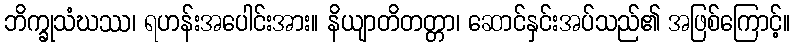
ဘိက္ခုသံဃဿ၊ ရဟန်းအပေါင်းအား။ နိယျာတိတတ္တာ၊ ဆောင်နှင်းအပ်သည်၏ အဖြစ်ကြောင့်။